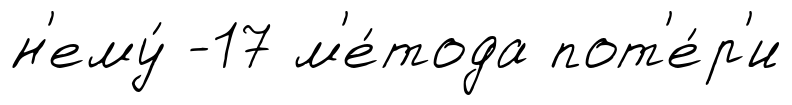
н'ему́ -17 м'е́тода пот'е́р'и